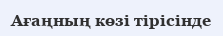
Ағаңның көзі тірісінде